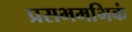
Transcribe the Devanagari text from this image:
प्रसभमभिकं